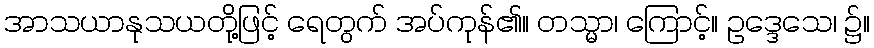
အာသယာနုသယတို့ဖြင့် ရေတွက် အပ်ကုန်၏။ တသ္မာ၊ ကြောင့်။ ဥဒ္ဒေသေ၊ ၌။